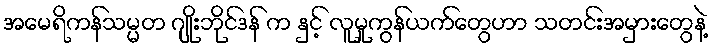
အမေရိကန်သမ္မတ ဂျိုးဘိုင်ဒန် က နှင့် လူမှုကွန်ယက်တွေဟာ သတင်းအမှားတွေနဲ့